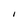
Character: i